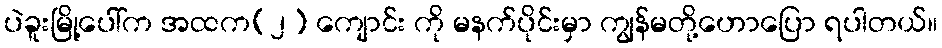
ပဲခူးမြို့ပေါ်က အထက(၂) ကျောင်း ကို မနက်ပိုင်းမှာ ကျွန်မတို့ဟောပြော ရပါတယ်။